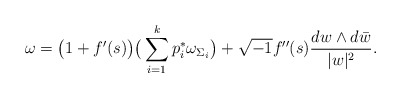
\begin{align*} \omega=\big(1+f'(s)\big)\big(\sum_{i=1}^{k}p_{i}^{*}\omega_{\Sigma_{i}}\big)+\sqrt{-1}f''(s)\frac{dw\wedge d\bar{w}}{\lvert w\rvert^{2}}.\end{align*}